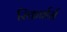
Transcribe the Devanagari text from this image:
रिकार्डर्स